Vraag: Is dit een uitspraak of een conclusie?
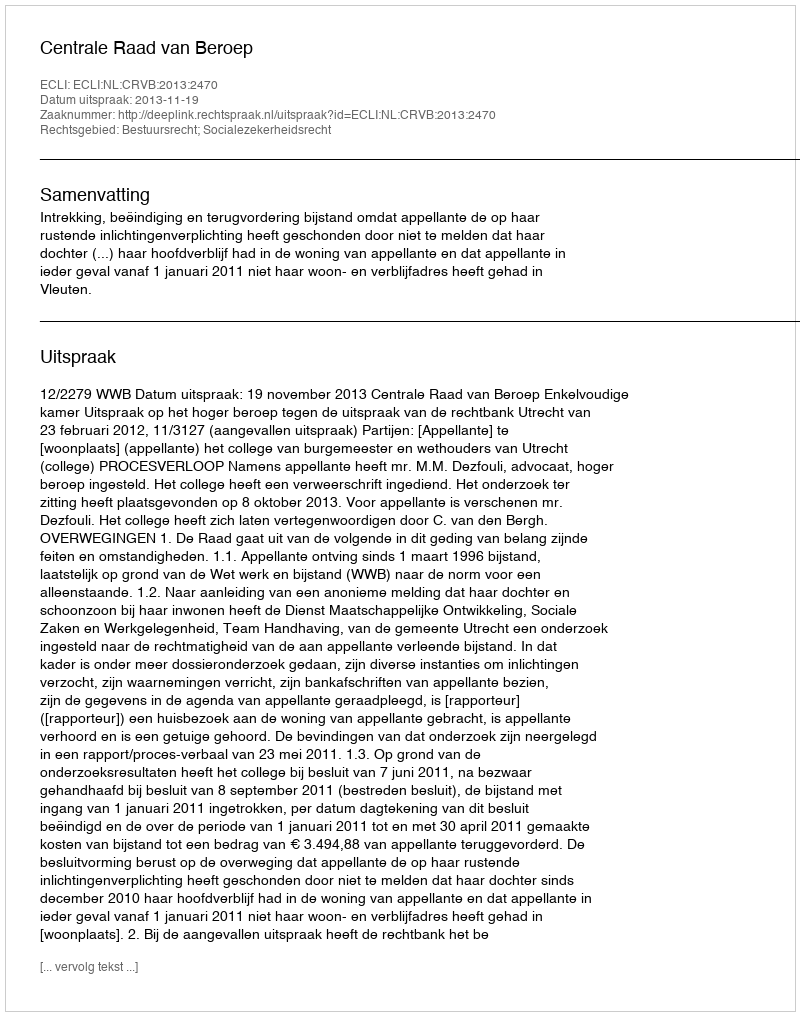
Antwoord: Uitspraak